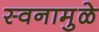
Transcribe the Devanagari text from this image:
स्वनामुळे